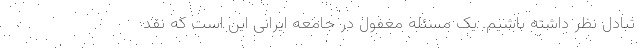
تبادل نظر داشته باشیم. یک مسئله مغفول در جامعه ایرانی این است که نقد